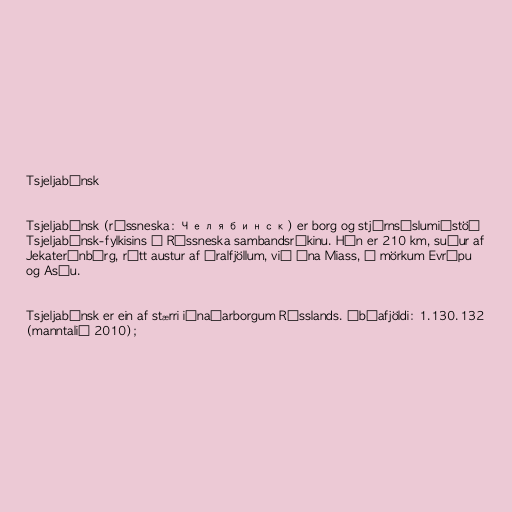
Tsjeljabínsk

Tsjeljabínsk (rússneska: Челябинск) er borg og stjórnsýslumiðstöð
Tsjeljabínsk-fylkisins í Rússneska sambandsríkinu. Hún er 210 km, suður af
Jekaterínbúrg, rétt austur af Úralfjöllum, við ána Miass, á mörkum Evrópu
og Asíu.

Tsjeljabínsk er ein af stærri iðnaðarborgum Rússlands. Íbúafjöldi: 1.130.132
(manntalið 2010);